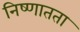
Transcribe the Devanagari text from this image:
निष्णातता